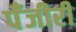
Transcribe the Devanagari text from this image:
पँजीरी